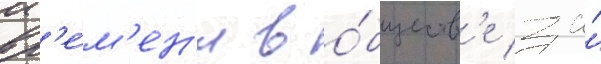
вр'е́м'ен'и в о́бществ'е за́